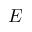
E